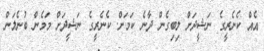
އެއް ކެނެރީގެ ނަޝީދަށް ލިބިގެން ދާނެ ކަމަށް. ކެނެރީގެ ނަޝީދަށް މަމެން ބުނެލަން